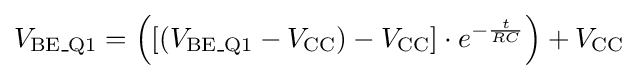
V_{{\text{BE}}\_{\text{Q1}}}=\left(\left[\left(V_{{\text{BE}}\_{\text{Q1}}}-V_{\text{CC}}\right)-V_{\text{CC}}\right]\cdot e^{-{\frac {t}{RC}}}\right)+V_{\text{CC}}